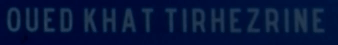
OUEDKHATTIRHEZRINE